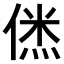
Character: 𠌎